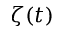
\zeta ( t )